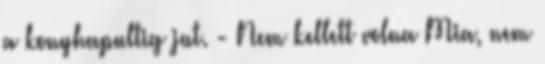
a konyhapultig jut. - Nem kellett volna Mia, nem